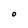
Character: O